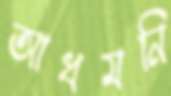
আধমনি